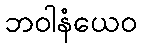
ဘဝါနံယေဝ